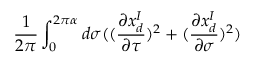
\frac { 1 } { 2 \pi } \int _ { 0 } ^ { 2 \pi \alpha } d \sigma ( ( \frac { \partial x _ { d } ^ { I } } { \partial \tau } ) ^ { 2 } + ( \frac { \partial x _ { d } ^ { I } } { \partial \sigma } ) ^ { 2 } )